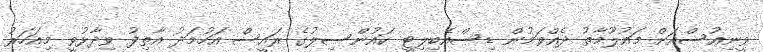
ވީނިއުސްއަށް މައުލޫމާތު ދެއްވަމުން ޑިސްއެބިލިޓީ ކައުންސިލުގެ ރައީސް އަހުމަދު އާތިފު ވިދާޅުވީ މިއަހަރު